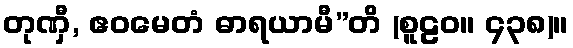
တုဏှီ, ဧဝမေတံ ဓာရယာမီ”တိ (စူဠဝ။ ၄၃၈)။